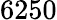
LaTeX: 6250